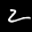
Label: 2